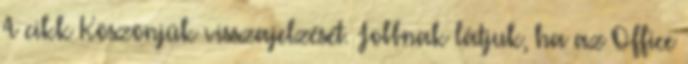
A cikk Köszönjük visszajelzését. Jobbnak látjuk, ha az Office